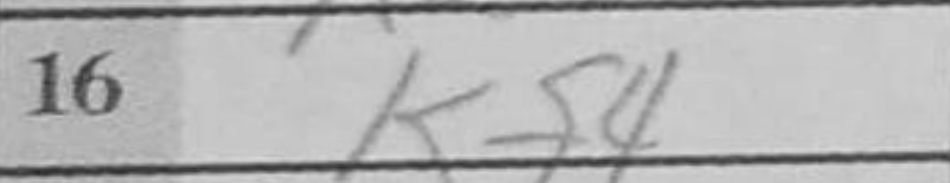
Transcription: Kf4